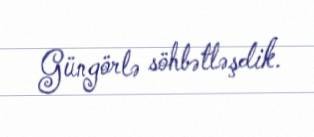
Güngörlə söhbətləşdik.